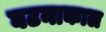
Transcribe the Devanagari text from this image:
घटनाकाल